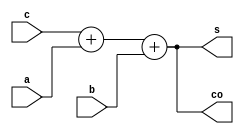
module add1(
	input a,b,c,
	output s,co
);
assign s=(c+a+b);
assign co=(c+a+b);

endmodule